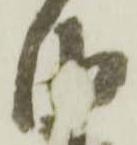
由